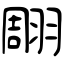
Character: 翢